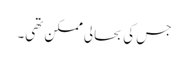
جس کی بحالی ممکن تھی۔